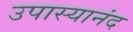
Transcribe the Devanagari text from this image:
उपास्यानंद